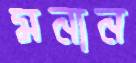
মনান